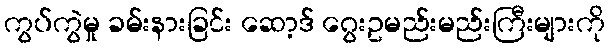
ကွပ်ကွဲမှု ခမ်းနားခြင်း ဆော့ဒ် ဂွေးဥမည်းမည်းကြီးများကို